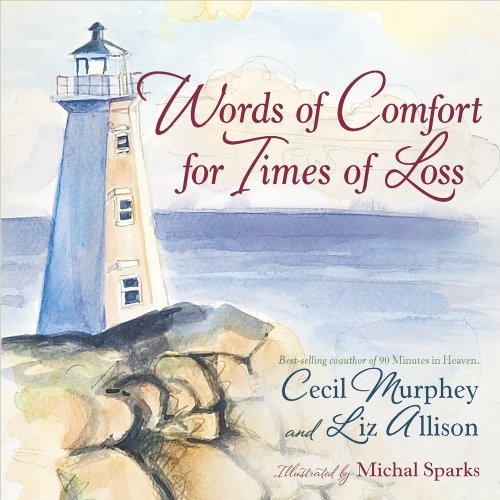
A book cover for Words of Comfort for Times of Loss: Help and Hope When You're Grieving; Liz Allison; Christian Books & Bibles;